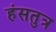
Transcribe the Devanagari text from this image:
हंसतुत्र